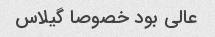
عالی بود خصوصا گیلاس